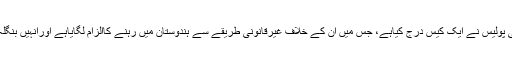
محمداجمل کے خلاف مقامی پولیس نے ایک کیس درج کیاہے، جس میں ان کے خلاف غیرقانونی طریقے سے ہندوستان میں رہنے کاالزام لگایاہے اورانہیں بنگلہ دیش کا شہری بتایاگیاہے۔